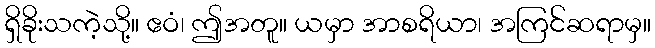
ရှိခိုးသကဲ့သို့။ ဧဝံ၊ ဤအတူ။ ယမှာ အာစရိယာ၊ အကြင်ဆရာမှ။